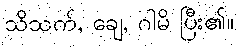
သိသက်, ချေ, ဂါမိ ပြီး၏။